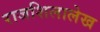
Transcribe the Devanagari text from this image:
राजशिलालेख